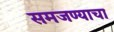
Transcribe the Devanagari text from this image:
समजण्याचा